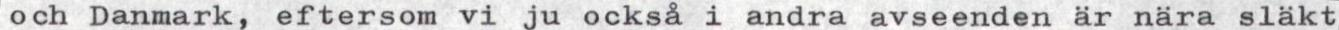
och Danmark, eftersom vi ju också i andra avseenden är nära släkt